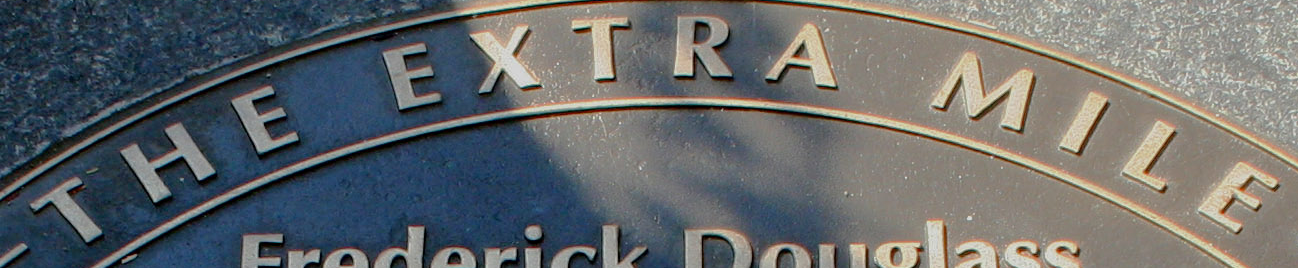
THE EXTRA MILE